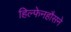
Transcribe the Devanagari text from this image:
हिल्फेनहौसने